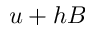
u + h B